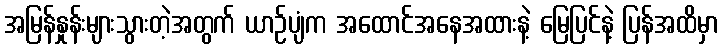
အမြန်နှုန်းများသွားတဲ့အတွက် ယာဉ်ပျံက အထောင်အနေအထားနဲ့ မြေပြင်နဲ့ ပြန်အထိမှာ